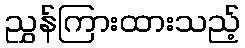
ညွှန်ကြားထားသည့်